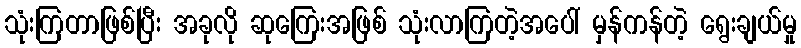
သုံးကြတာဖြစ်ပြီး အခုလို ဆုကြေးအဖြစ် သုံးလာကြတဲ့အပေါ် မှန်ကန်တဲ့ ရွေးချယ်မှု